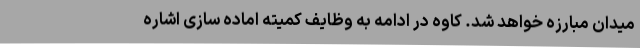
میدان مبارزه خواهد شد. کاوه در ادامه به وظایف کمیته اماده سازی اشاره